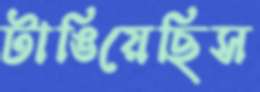
টাঙিয়েছিস